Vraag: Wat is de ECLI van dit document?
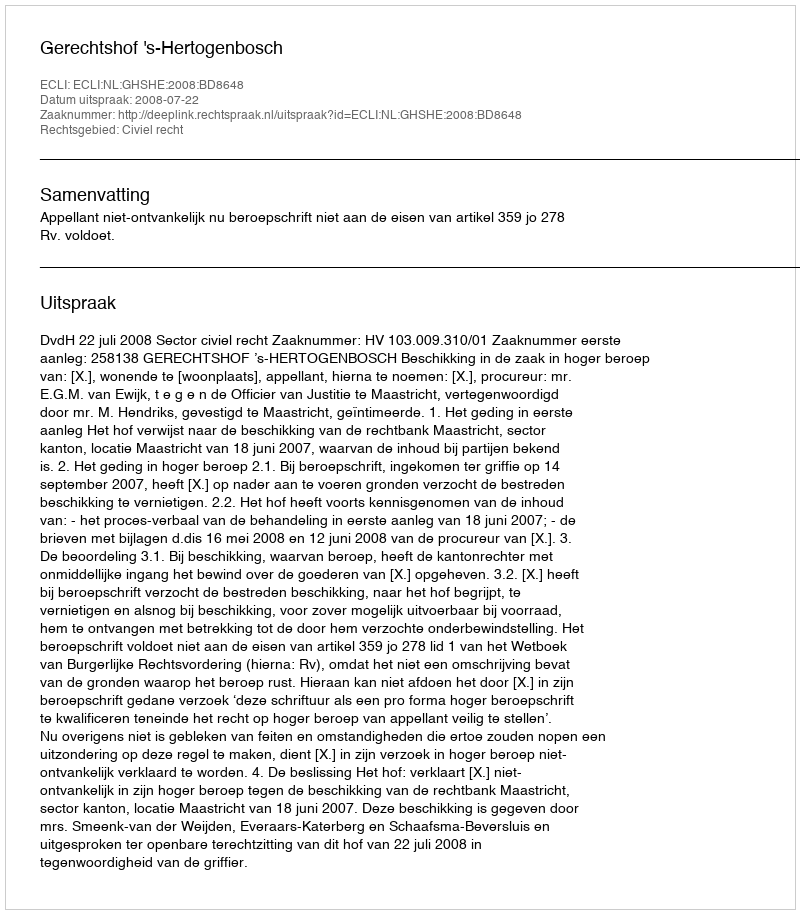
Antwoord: ECLI:NL:GHSHE:2008:BD8648